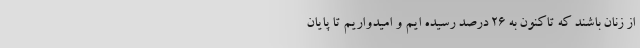
از زنان باشند که تاکنون به 26 درصد رسیده ایم و امیدواریم تا پایان